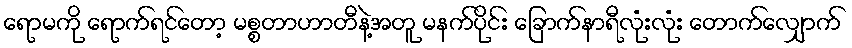
ရောမကို ရောက်ရင်တော့ မစ္စတာဟာတီနဲ့အတူ မနက်ပိုင်း ခြောက်နာရီလုံးလုံး တောက်လျှောက်